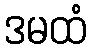
ဒမထံ